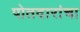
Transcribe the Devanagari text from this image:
पोतदारांचा